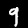
Label: 9